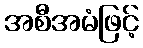
အစီအမံဖြင့်